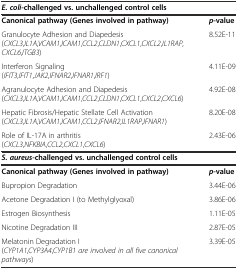
| E. coli-challenged vs. unchallenged control cells |  |
 | --- | --- |
 | Canonical pathway (Genes involved in pathway) | p-value |
 | Granulocyte Adhesion and Diapedesis(CXCL3,IL1A,VCAM1,ICAM1,CCL2,CLDN1,CXCL1,CXCL2,IL1RAP,CXCL6,ITGB3) | 8.52E-11 |
 | Interferon Signaling(IFIT3,IFIT1,JAK2,IFNAR2,IFNAR1,IRF1) | 4.11E-09 |
 | Agranulocyte Adhesion and Diapedesis(CXCL3,IL1A,VCAM1,ICAM1,CCL2,CLDN1,CXCL1,CXCL2,CXCL6) | 4.92E-08 |
 | Hepatic Fibrosis/Hepatic Stellate Cell Activation(CXCL3,IL1A,VCAM1,ICAM1,CCL2,IFNAR2,IL1RAP,IFNAR1) | 8.20E-08 |
 | Role of IL-17A in arthritis(CXCL3,NFKBIA,CCL2,CXCL1,CXCL6) | 2.43E-06 |
 | S. aureus-challenged vs. unchallenged control cells |  |
 | Canonical pathway (Genes involved in pathway) | p-value |
 | Bupropion Degradation | 3.44E-06 |
 | Acetone Degradation I (to Methylglyoxal) | 3.86E-06 |
 | Estrogen Biosynthesis | 1.11E-05 |
 | Nicotine Degradation III | 2.87E-05 |
 | Melatonin Degradation I(CYP1A1,CYP3A4,CYP1B1 are involved in all five canonical pathways) | 3.39E-05 |